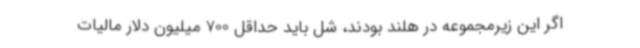
اگر این زیرمجموعه در هلند بودند، شل باید حداقل 700 میلیون دلار مالیات